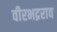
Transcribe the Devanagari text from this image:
वीरभद्रराव